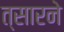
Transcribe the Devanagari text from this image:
त्सारने